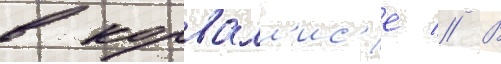
в корвалл'ис'е // В